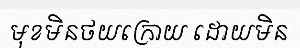
មុខមិនថយក្រោយ ដោយមិន